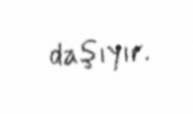
daşıyır.